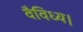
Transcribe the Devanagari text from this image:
वैविध्य।